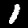
Label: 1